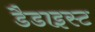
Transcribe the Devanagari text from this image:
डैडाइस्ट